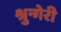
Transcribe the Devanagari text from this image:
श्रुन्गेरी